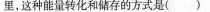
里，这种能量转化和储存的方式是()